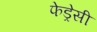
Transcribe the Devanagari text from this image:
फेड्रेसी